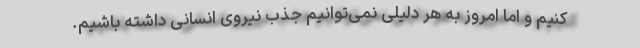
كنیم و اما امروز به هر دلیلی نمی‌توانیم جذب نیروی انسانی داشته باشیم.